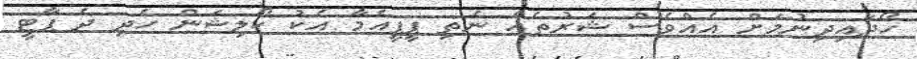
ހޯދައިދިނުމަށް އެއްވެސް ޝަރުތެއް ނެތި ޕީޕީއެމާ އެކު ކޯލިޝަން ހެދި ދެ ޕާޓީ